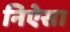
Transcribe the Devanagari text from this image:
निऐसा